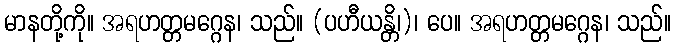
မာနတို့ကို။ အရဟတ္တမဂ္ဂေန၊ သည်။ (ပဟီယန္တိ၊)၊ ပေ။ အရဟတ္တမဂ္ဂေန၊ သည်။